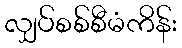
လျှပ်စစ်စီမံကိန်း